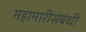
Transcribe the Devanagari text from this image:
महामारीसंबंधी